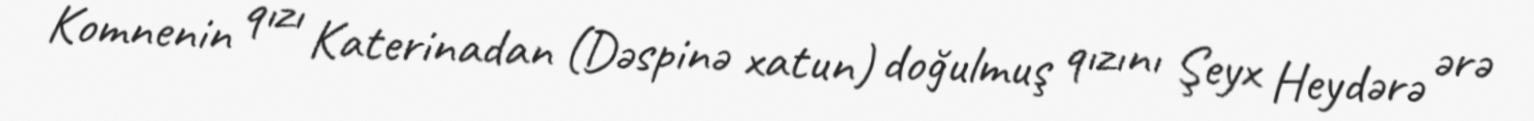
Komnenin qızı Katerinadan (Dəspinə xatun) doğulmuş qızını Şeyx Heydərə ərə